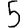
Digit: 5